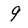
Character: 9